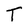
Character: T